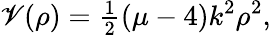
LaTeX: \mathscr{V}(\rho)={\textstyle{\frac{{1}}{{2}}}}(\mu-4)k^{2}\rho^{2},